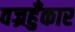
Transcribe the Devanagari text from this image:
वज्रहुँकार